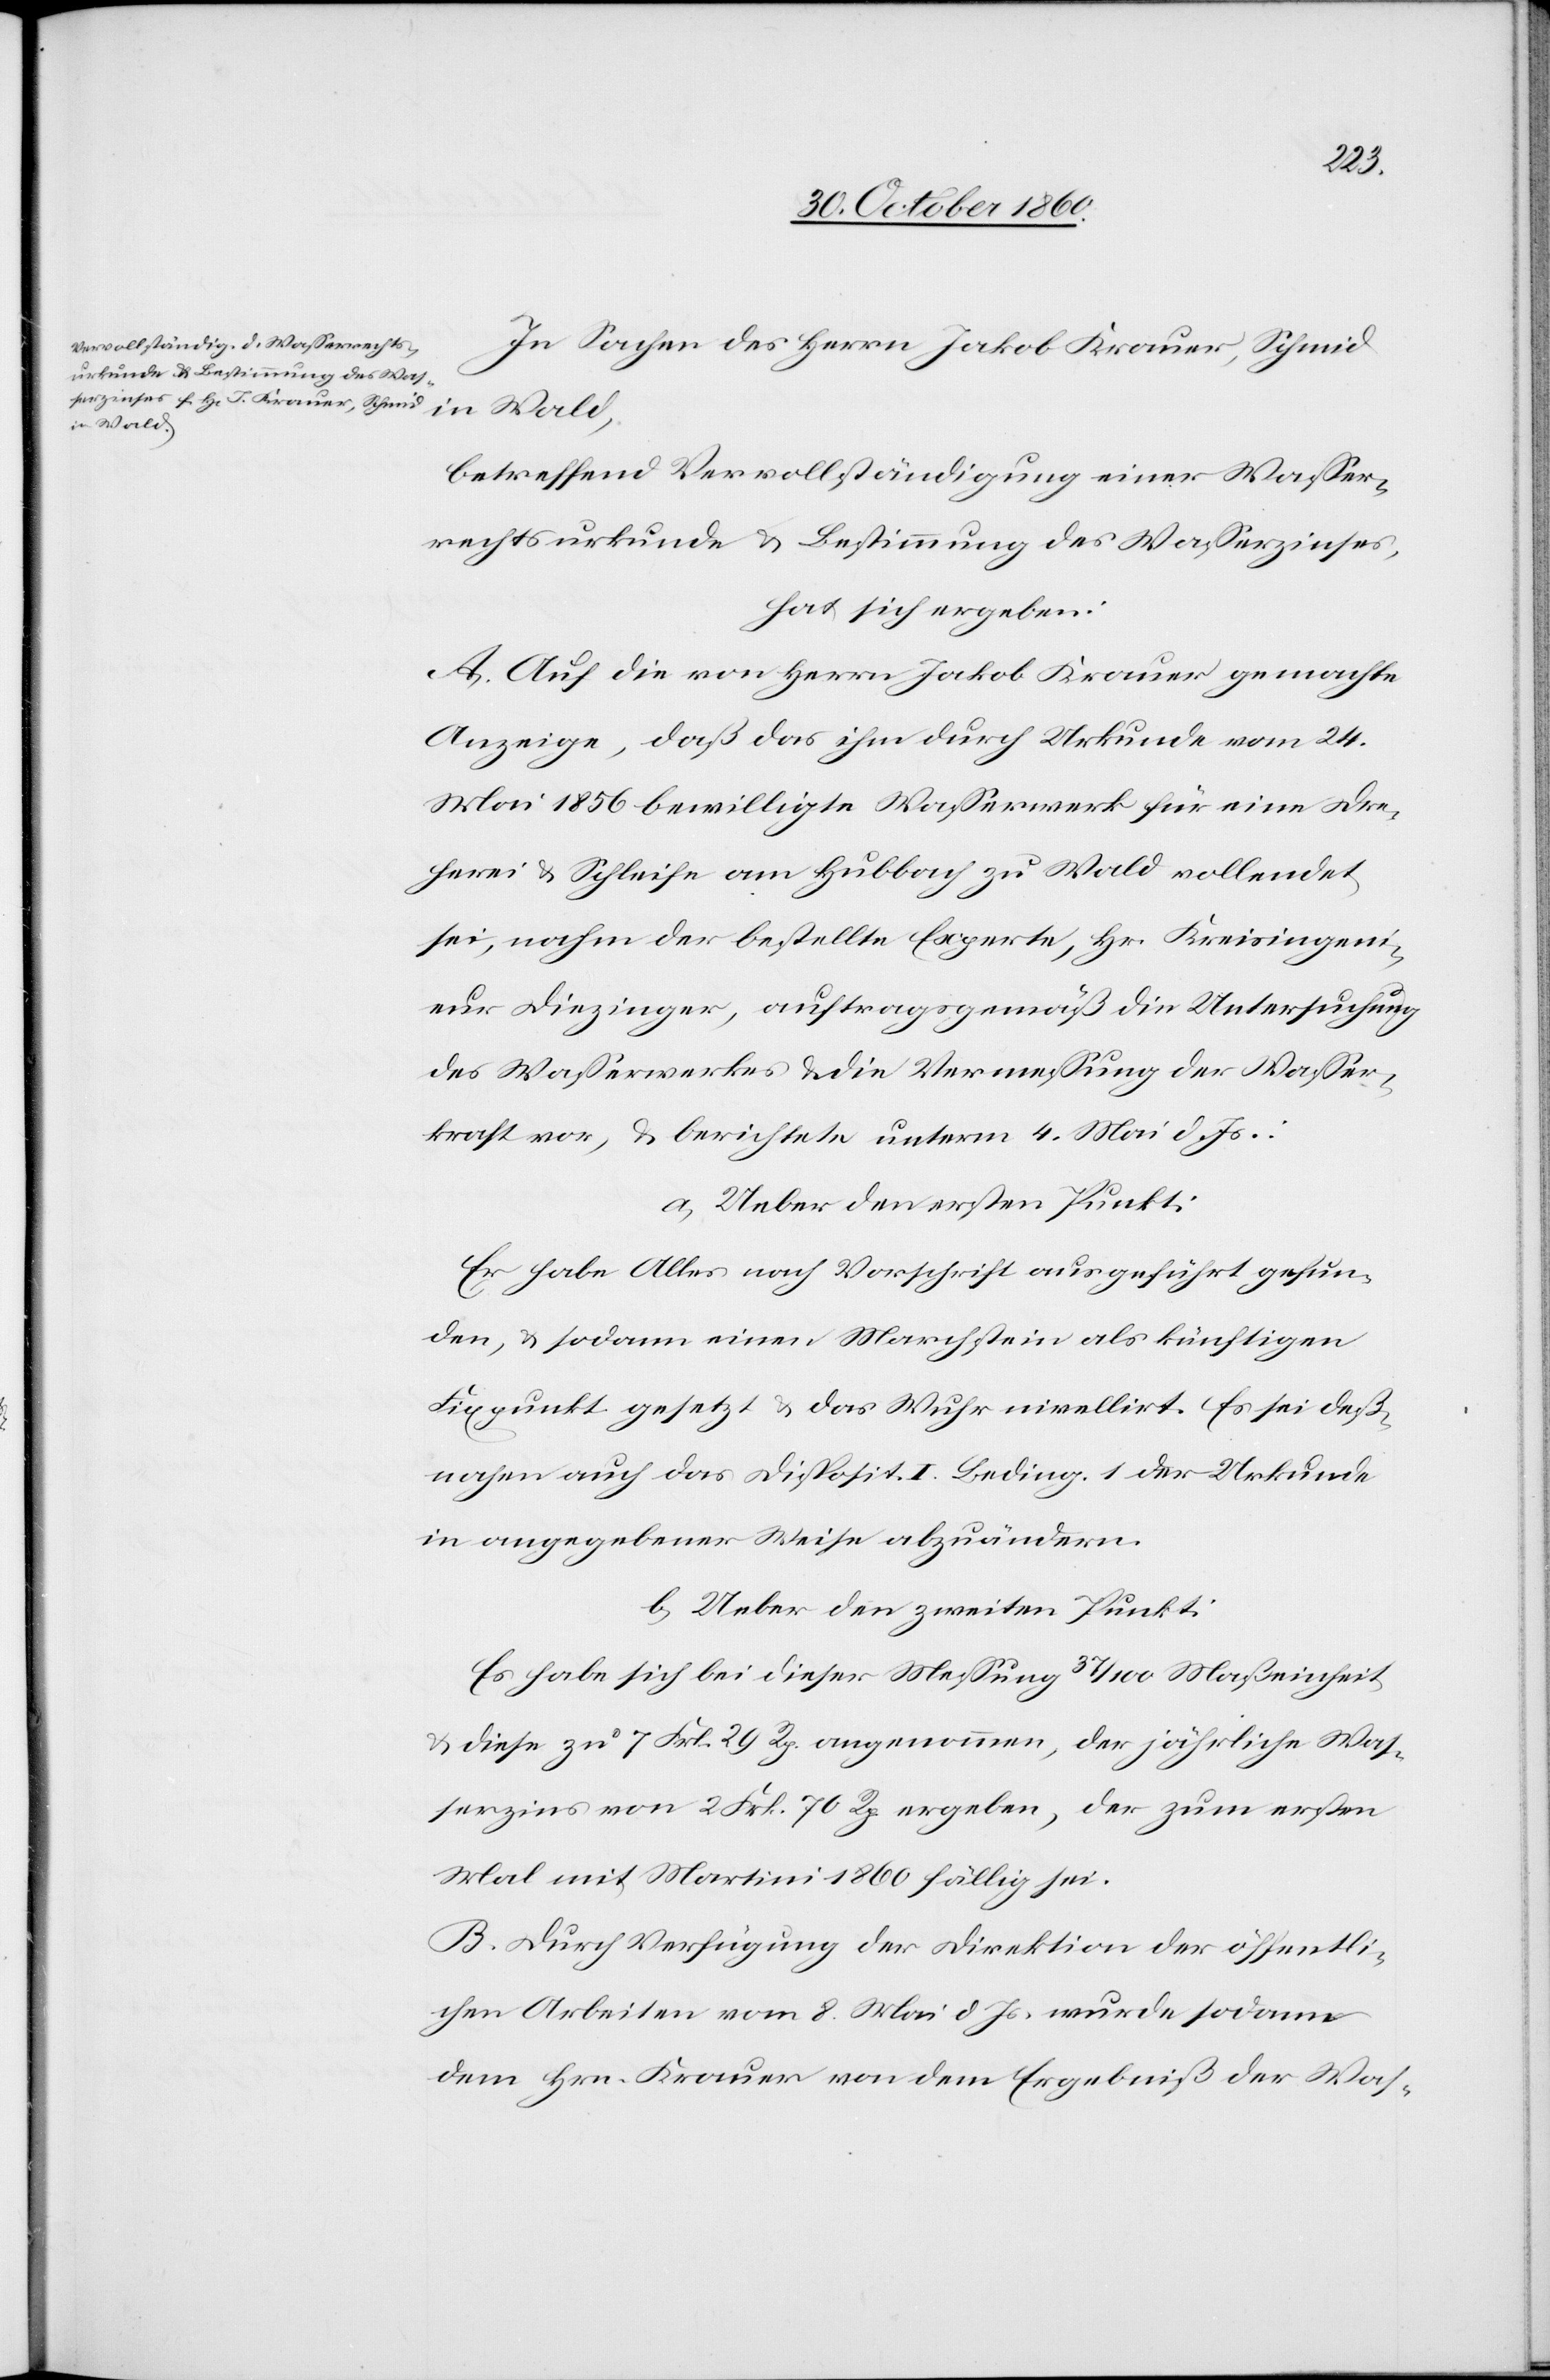
In Sachen des Herrn Jakob Krauer, Schmid
in Wald,
betreffend Vervollständigung einer Wasser¬
rechtsurkunde u. Bestimmung des Wasserzinses,
hat sich ergeben:
A. Auf die von Herrn Jakob Krauer gemachte
Anzeige, daß ihm durch Urkunde vom 24.
Mai 1856 bewilligte Wasserwerk für eine Dre¬
herei u. Schleife am Hubbach zu Wald vollendet
sei, nahm der bestellte Experte, Hr. Kreisingeni¬
eur Diezinger, auftragsgemäß die Untersuchung
des Wasserwerkes u. die Vermessung der Wasser¬
kraft vor, u. berichtete unterm 4. Mai d. Js.:
a. Ueber den ersten Punkt:
Er habe Alles nach Vorschrift ausgeführt gefun¬
den, u. sodann einen Marchstein als künftigen
Fixpunkt gesetzt u. das Wuhr nivellirt. Es sei deß¬
nahen auch das Dispositiv I. Beding. 1 der Urkunde
in angegebener Weise abzuändern.
b. Ueber den zweiten Punkt:
Es habe sich bei dieser Messung 37/100 Maßeinheit
u. diese zu 7 Frk. 29 Rp. angenommen, der jährliche Was¬
serzins von 2 Frk. 70 Rp. ergeben, der zum ersten
Mal mit Martini 1860 fällig sei.
B. Durch Verfügung der Direktion der öffentli¬
chen Arbeiten vom 8. Mai d. Js. wurde sodann
dem Hrn. Krauer von dem Ergebniß der Was-